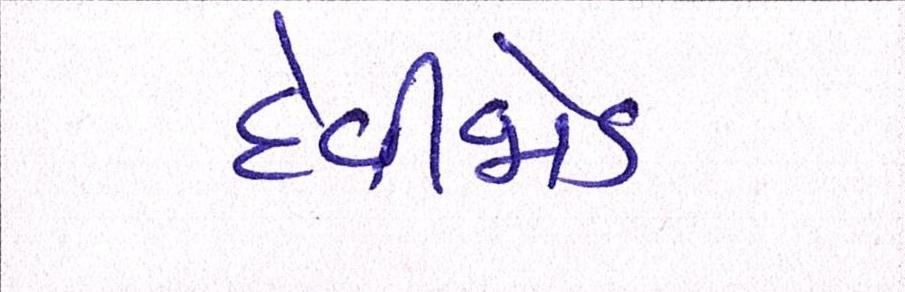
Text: દેવીજોડ